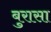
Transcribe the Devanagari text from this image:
बुरासा